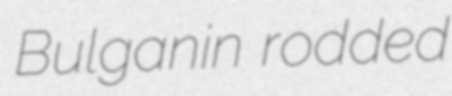
Bulganin rodded